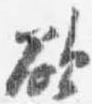
欲